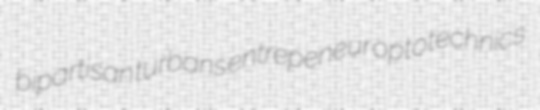
bipartisan turbans entrepeneur optotechnics